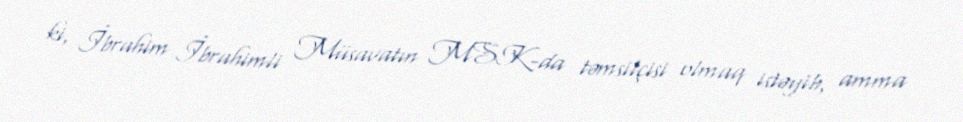
ki, İbrahim İbrahimli Müsavatın MSK-da təmsilçisi olmaq istəyib, amma